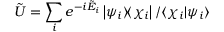
\tilde { U } = \sum _ { i } e ^ { - i \tilde { E } _ { i } } \left| { \psi _ { i } } \rangle \! \langle { \chi _ { i } } \right| / \langle { \chi _ { i } } | { \psi _ { i } } \rangle